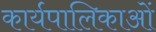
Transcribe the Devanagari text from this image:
कार्यपालिकाओं